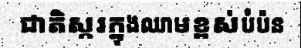
ជាតិស្ករក្នុងឈាមខ្ពស់បំប៉ន